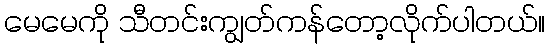
မေမေကို သီတင်းကျွတ်ကန်တော့လိုက်ပါတယ်။